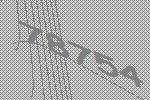
78754